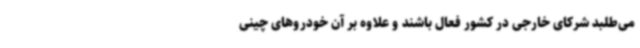
می‌طلبد شرکای خارجی در کشور فعال باشند و علاوه بر آن خودروهای چینی